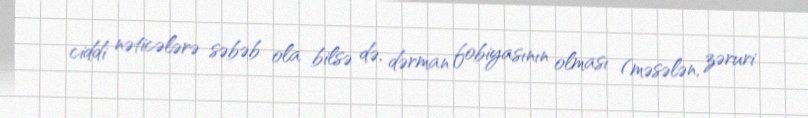
ciddi nəticələrə səbəb ola bilsə də, dərman fobiyasının olması (məsələn, zəruri